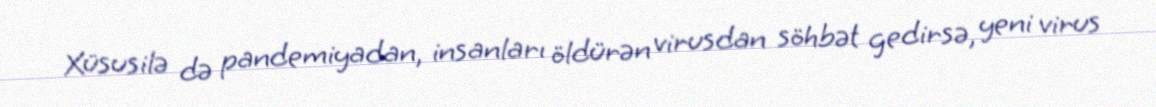
Xüsusilə də pandemiyadan, insanları öldürən virusdan söhbət gedirsə, yeni virus